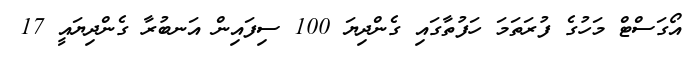
އޯގަސްޓް މަހުގެ ފުރަތަމަ ހަފުތާގައި ގެންދިޔަ 100 ސިފައިން އަނބުރާ ގެންދިޔައީ 17